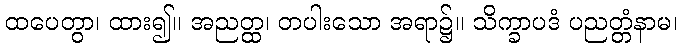
ထပေတွာ၊ ထား၍။ အညတ္ထ၊ တပါးသော အရာ၌။ သိက္ခာပဒံ ပညတ္တံနာမ၊